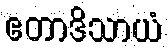
ဧတာဒိသာယံ